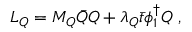
{ \cal L } _ { Q } = M _ { Q } \bar { Q } Q + \lambda _ { Q } \bar { t } \phi _ { 1 } ^ { \dag } Q \; ,